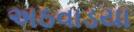
અઠવાડયા